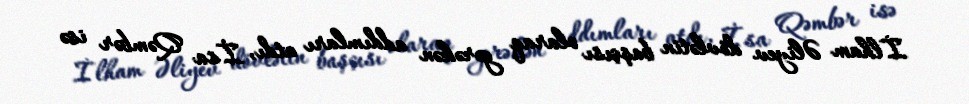
İlham Əliyev dövlətin başçısı olaraq gərəkən addımları atdı, İsa Qəmbər isə